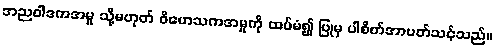
အညဝါဒကအမှု သို့မဟုတ် ဝိဟေသကအမှုကို ထပ်မံ၍ ပြုမှ ပါစိတ်အာပတ်သင့်သည်။